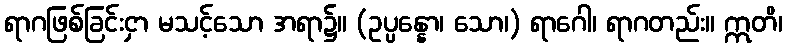
ရာဂဖြစ်ခြင်းငှာ မသင့်သော အရာ၌။ (ဥပ္ပန္နော၊ သော၊) ရာဂေါ၊ ရာဂတည်း။ ဣတိ၊